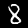
Label: 8